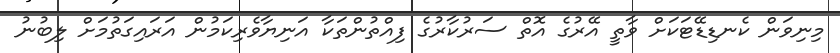
މިނިވަން ކެނޑިޑޭޓަކަށް ވާތީ އޭރުގެ އޮތް ސަރުކާރުގެ ފިއްތުންތަކާ އަނިޔާވެރިކަމުން އަރައިގަތުމަށް ލިބުނު